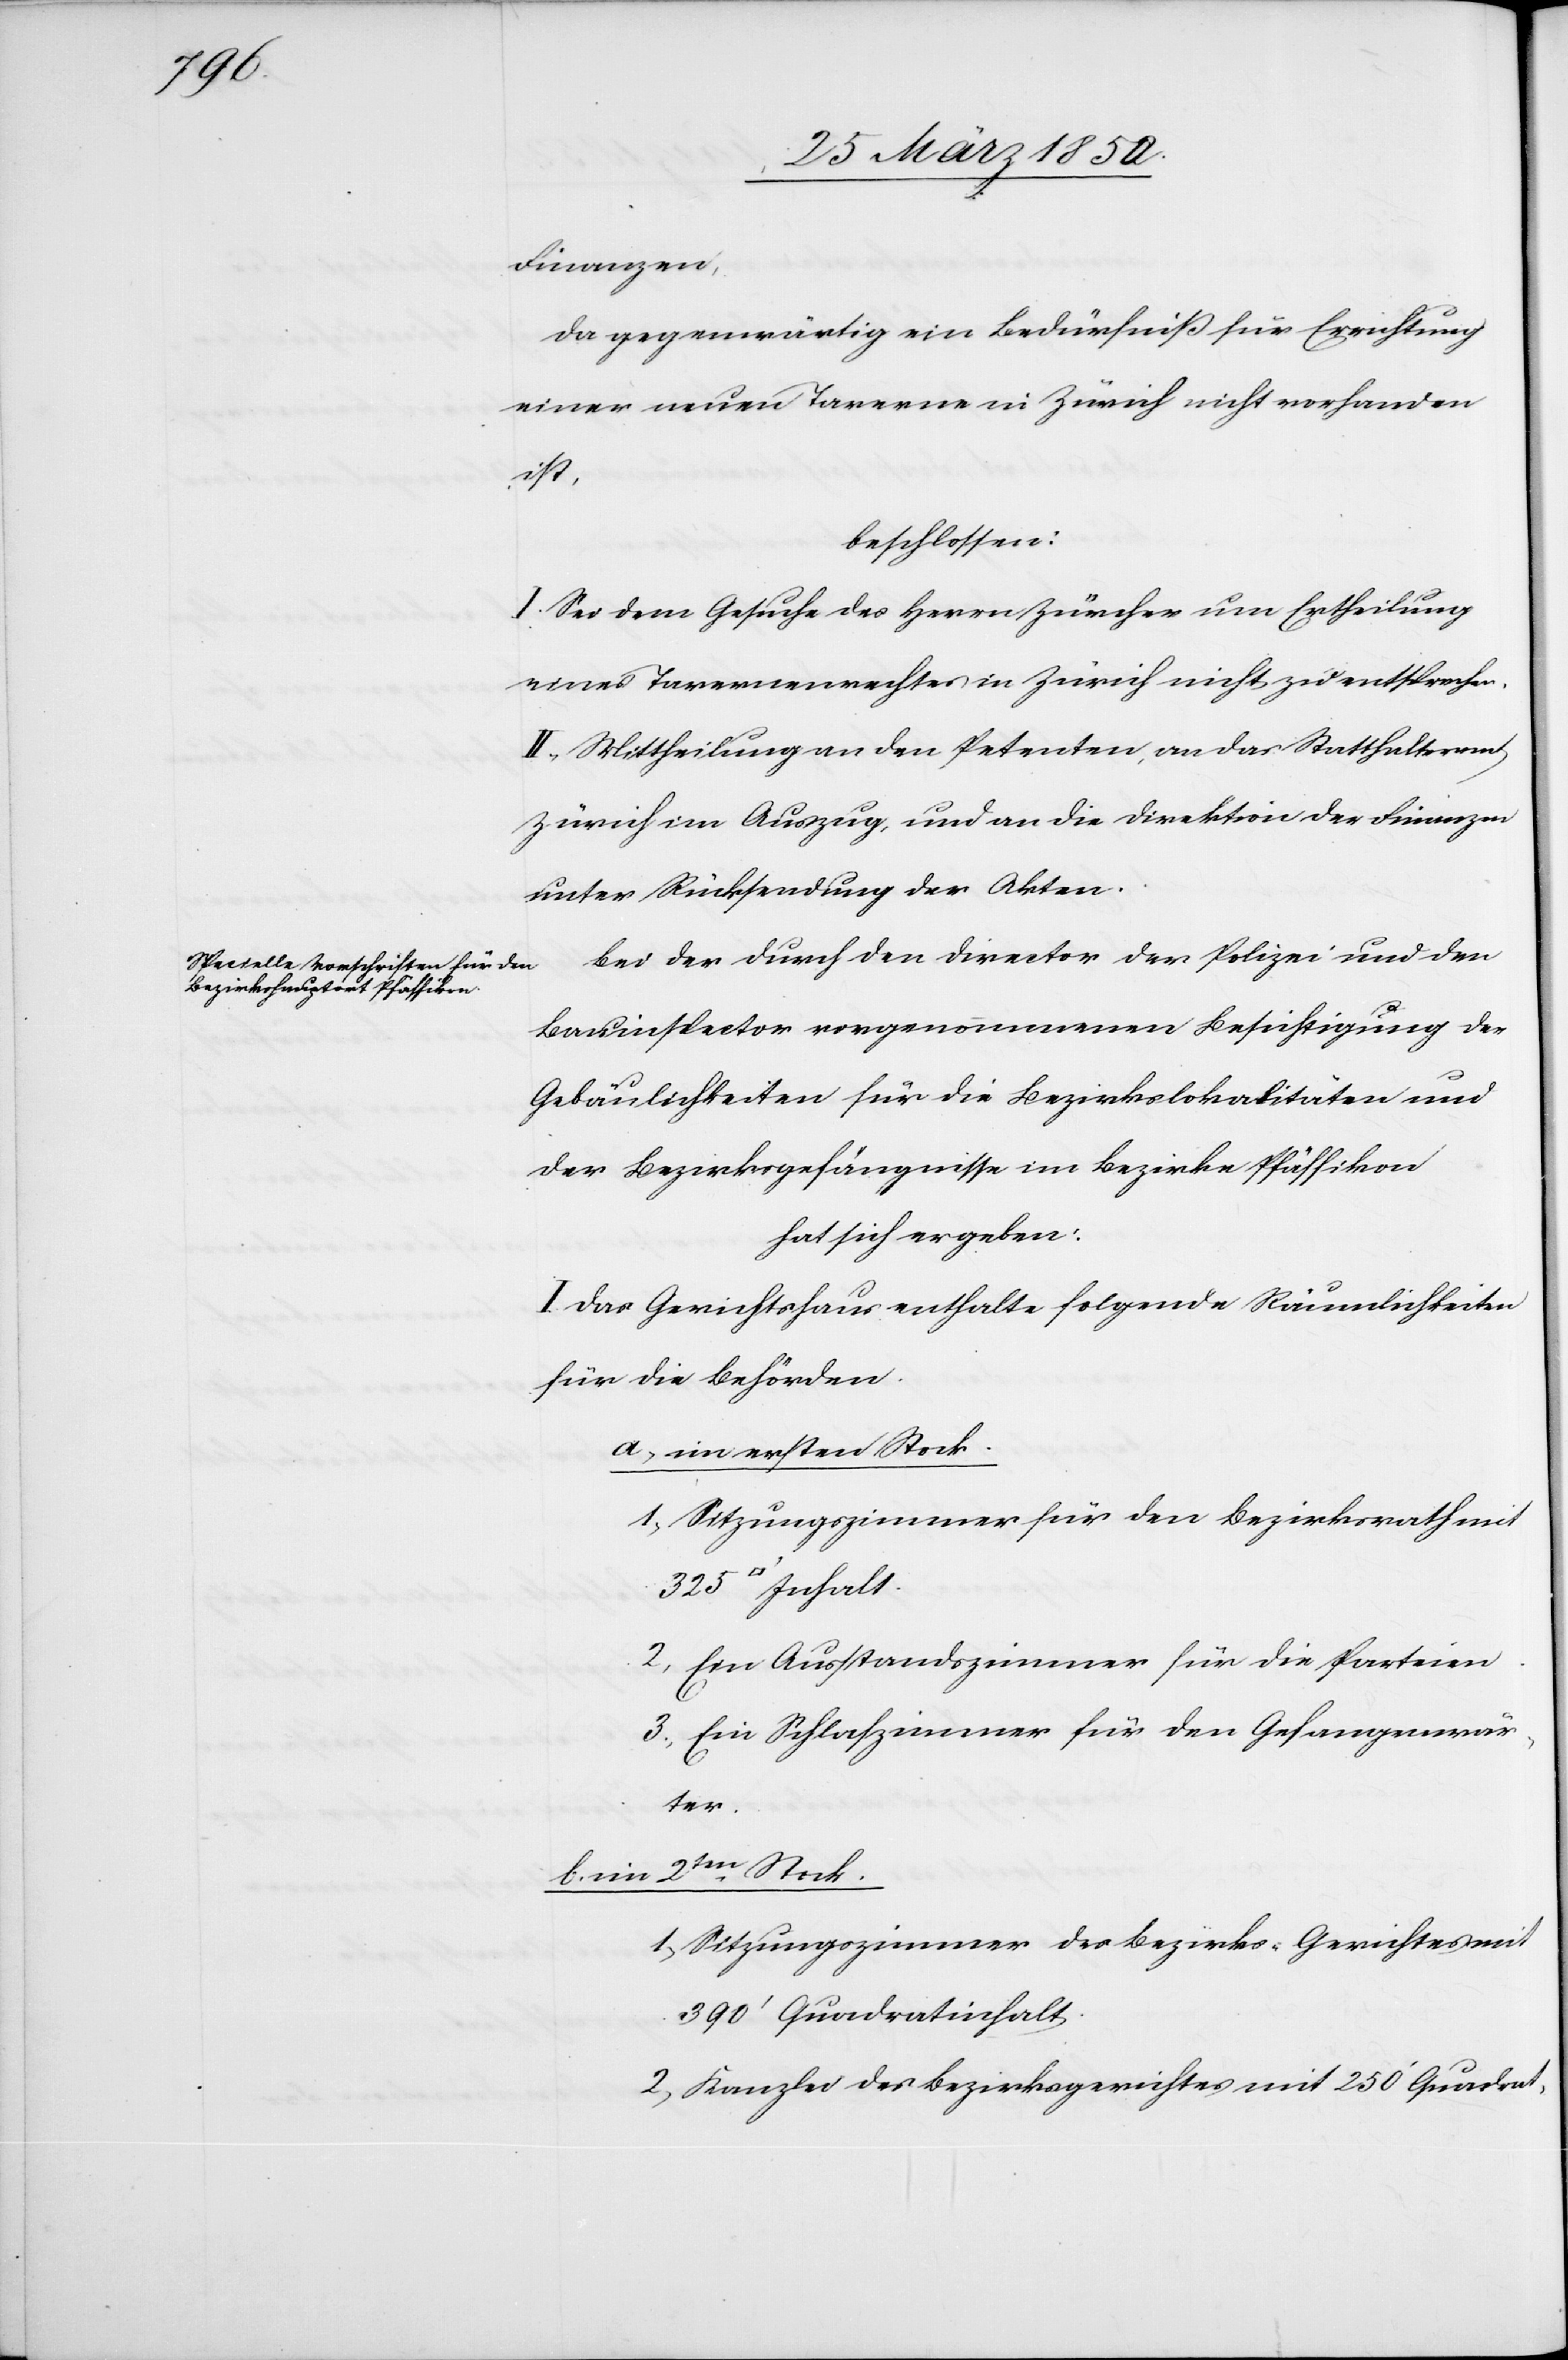
Inhalt.
Finanzen,
Da gegenwärtig ein Bedürfniß für Errichtung
einer neuen Taverne in Zürich nicht vorhanden
ist,
beschlossen:
I. Sei dem Gesuche des Herrn Zürcher um Ertheilung
eines Tavernenrechtes in Zürich nicht zu entsprechen.
II. Mittheilung an den Petenten, an das Statthalteramt
Zürich im Auszug, und an die Direktion der Finanzen
unter Rücksendung der Akten.
Bei der durch die Direction der Polizei und den
325
Bauinspector vorgenommenen Besichtigung der
Gebäulichkeiten für die Bezirkslokalitäten und
der Bezirksgefängnisse im Bezirke Pfäffikon
hat sich ergeben:
I. Das Gerichtshaus enthalte folgende Räumlichkeiten
für die Behörden.
a) im ersten Stock.
1) Sitzungszimmer für den Bezirksrath mit
2) Ein Ausstandszimmer für die Parteien.
3) Ein Schlafzimmer für den Gefangenwär¬
ter.
b) im 2ten Stock.
1) Sitzungszimmer des Bezirks-Gerichtes mit
390‘ Quadratinhalt.
2) Kanzlei des Bezirksgerichtes mit 250‘ Quadrat-